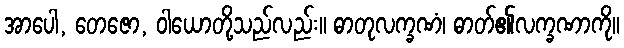
အာပေါ, တေဇော, ဝါယောတို့သည်လည်း။ ဓာတုလက္ခဏံ၊ ဓာတ်၏လက္ခဏာကို။